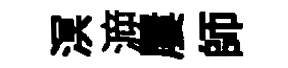
溟㴑屢師